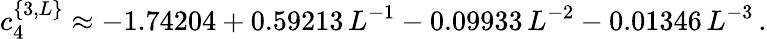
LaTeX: c_{4}^{\{ 3,L\} }\approx-1.74204+0.59213\, L^{-1}-0.09933\, L^{-2}-0.01346\, L^{-3}\, .